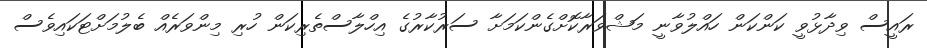
ރައީސް ވިދާޅުވީ ކަންކަން ހައްލުވާނީ މަޝްވަރާކޮށްގެންކަމަށާ ސަރުކާރުގެ އިހްލާސްތެރިކަން ހުރި މިންވަރެއް ބެލުމަށްޓަކައިވެސް